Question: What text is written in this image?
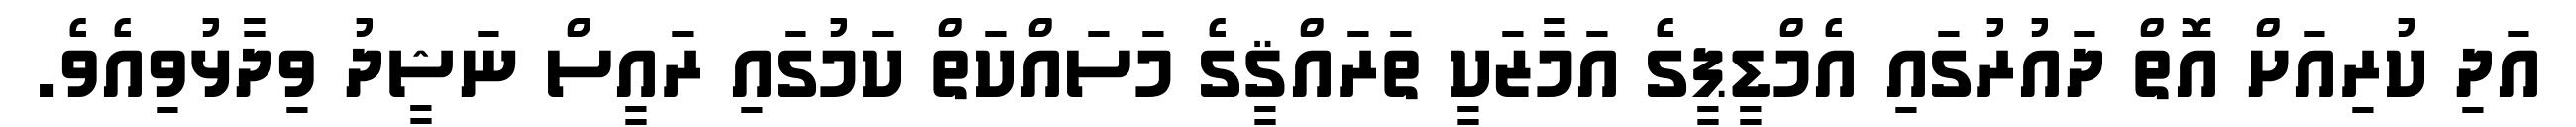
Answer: އަދި ކުރިއަށް އޮތް ދައުރުގައި އެމްޑީޕީގެ އަމާޒަކީ ތަރައްޤީގެ މަސައްކަތް ކަމުގައި ރައީސް ނަޝީދު ވިދާޅުވިއެވެ.